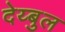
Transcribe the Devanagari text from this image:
देय्बुल